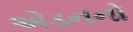
એડનનો